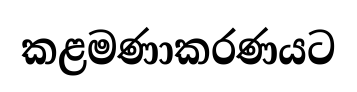
කළමණාකරණයට